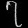
Digit: ၇